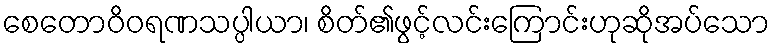
စေတောဝိဝရဏသပ္ပါယာ၊ စိတ်၏ဖွင့်လင်းကြောင်းဟုဆိုအပ်သော